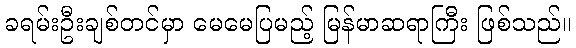
ခရမ်းဦးချစ်တင်မှာ မေမေပြမည့် မြန်မာဆရာကြီး ဖြစ်သည်။